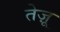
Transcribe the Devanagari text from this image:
तेज़ू